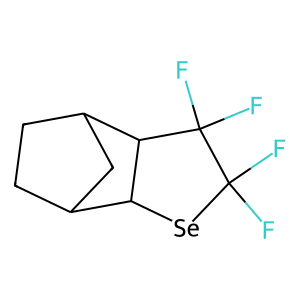
SMILES: FC1(F)[Se]C2C3CCC(C3)C2C1(F)F
Inhibits HIV replication: No